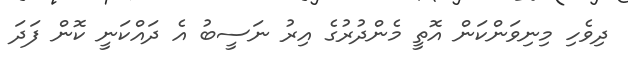
ދިވެހި މިނިވަންކަން އޮތީ މެންދުރުގެ އިރު ނަސީބު އެ ދައްކަނީ ކޮން ފަދަ